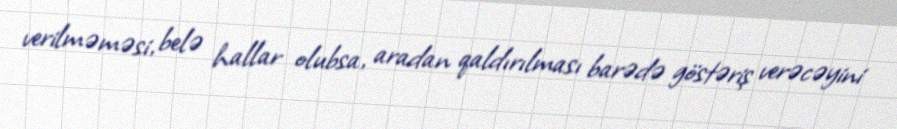
verilməməsi, belə hallar olubsa, aradan qaldırılması barədə göstəriş verəcəyini